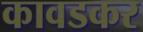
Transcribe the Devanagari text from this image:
कावडकर